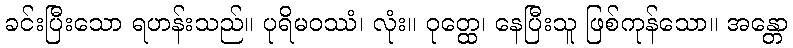
ခင်းပြီးသော ရဟန်းသည်။ ပုရိမဝဿံ၊ လုံး။ ဝုတ္ထေ၊ နေပြီးသူ ဖြစ်ကုန်သော။ အန္တော